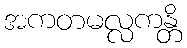
အကတမလ္လကန္တိ